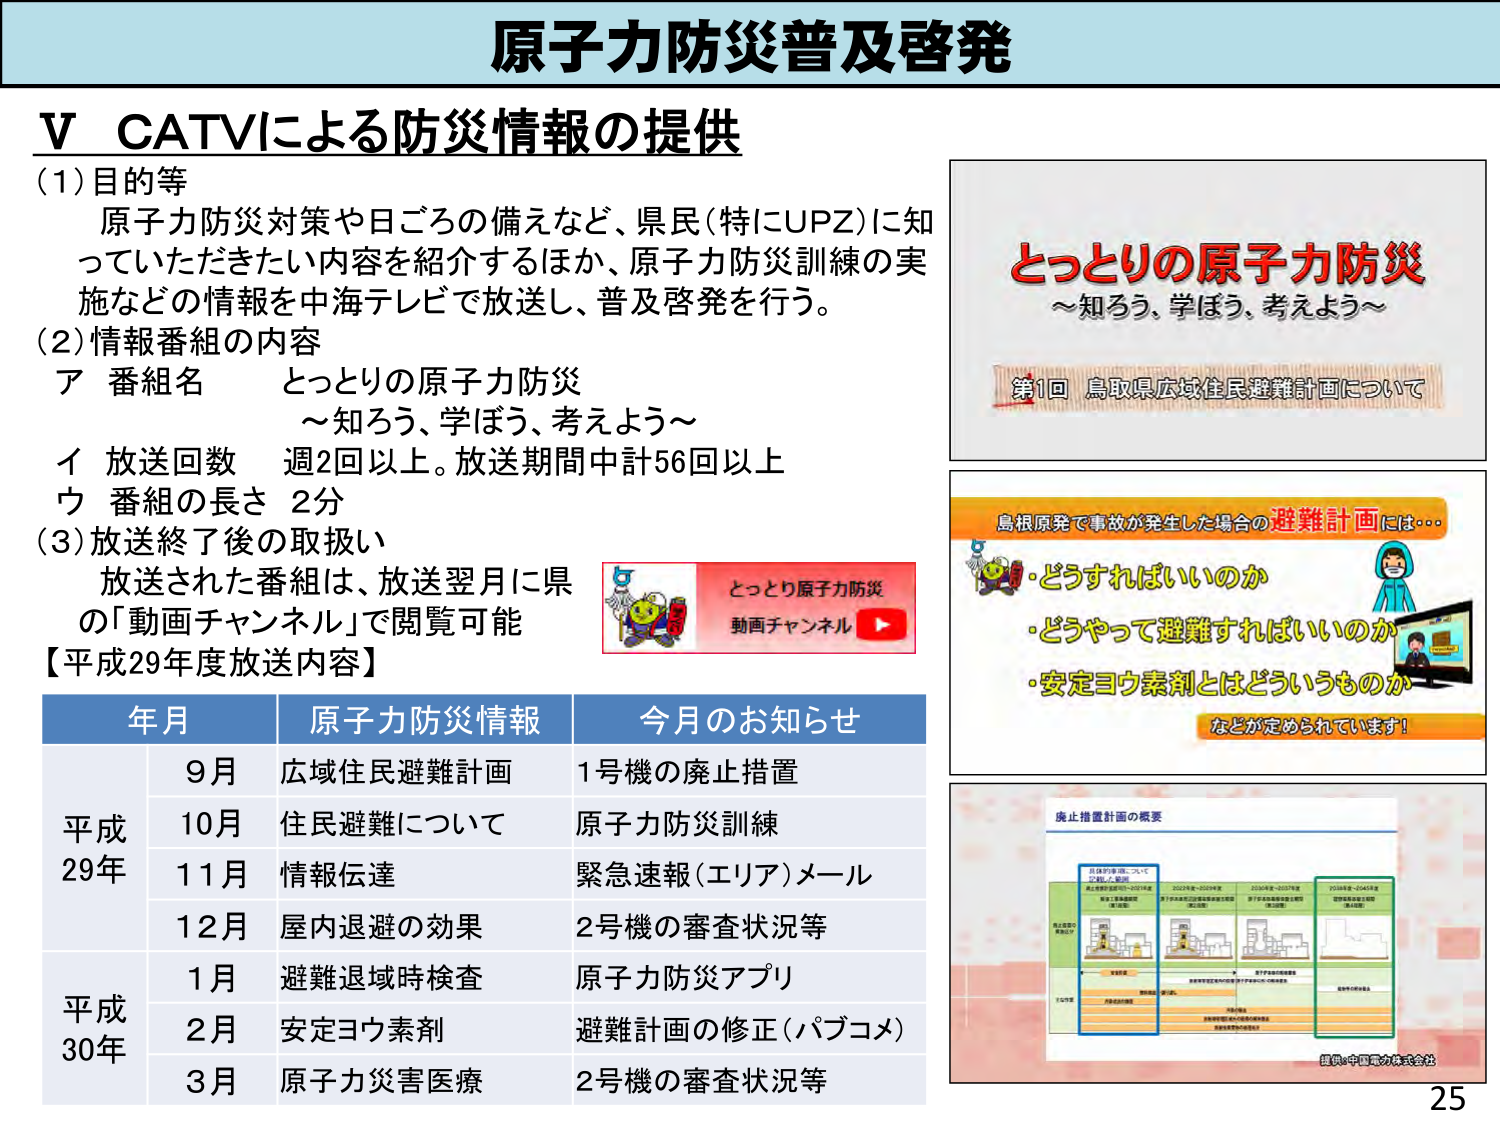
原子力防災普及啓発

V CATVによる防災情報の提供

(1) 目的等
原子力防災対策や日ごろの備えなど、県民（特にUPZ）に知っていただきたい内容を紹介するほか、原子力防災訓練の実施などの情報を中海テレビで放送し、普及啓発を行う。

(2) 情報番組の内容
ア 番組名 とっとりの原子力防災
～知ろう、学ぼう、考えよう～

イ 放送回数 週2回以上。放送期間中計56回以上
ウ 番組の長さ 2分

(3) 放送終了後の取扱い
放送された番組は、放送翌月に県の「動画チャンネル」で閲覧可能

【平成29年度放送内容】

年月 原子力防災情報 今月のお知らせ
平成29年 9月 広域住民避難計画 1号機の廃止措置
10月 住民避難について 原子力防災訓練
11月 情報伝達 緊急速報（エリア）メール
12月 屋内退避の効果 2号機の審査状況等
平成30年 1月 避難退域時検査 原子力防災アプリ
2月 安定ヨウ素剤 避難計画の修正（パブコメ）
3月 原子力災害医療 2号機の審査状況等

とっとりの原子力防災
～知ろう、学ぼう、考えよう～

第1回 鳥取県広域住民避難計画について

鳥根原発で事故が発生した場合の避難計画には…
・どうすればいいのか
・どうやって避難すればいいのか
・安定ヨウ素剤とはどういうものか
などが定められています！

とっとり原子力防災
動画チャンネル

廃止措置計画の概要

県民の皆様について
ご説明／要請

廃止措置の
概要について

2023年度～2024年度
原子力発電所の廃止措置（第1段階）

2025年度～2029年度
原子力発電所の廃止措置（第2段階）

2030年度～2034年度
原子力発電所の廃止措置（第3段階）

2035年度～2045年度
最終処分場の建設（第4段階）

※図は中国電力株式会社

25